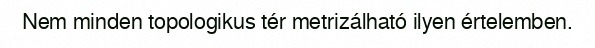
Nem minden topologikus tér metrizálható ilyen értelemben.